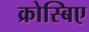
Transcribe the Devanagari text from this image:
क्रोस्बिए